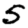
Digit: 5